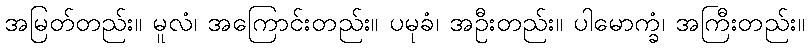
အမြတ်တည်း။ မူလံ၊ အကြောင်းတည်း။ ပမုခံ၊ အဦးတည်း။ ပါမောက္ခံ၊ အကြီးတည်း။